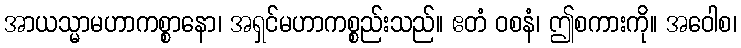
အာယသ္မာမဟာကစ္စာနော၊ အရှင်မဟာကစ္စည်းသည်။ ဧတံ ဝစနံ၊ ဤစကားကို။ အဝေါစ၊